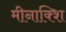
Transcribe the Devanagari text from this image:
मीनाक्शि